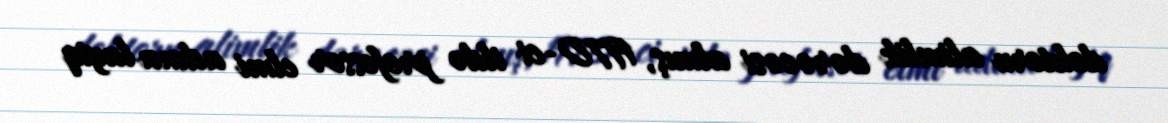
doktoru alimlik dərəcəsi almış, 1970-ci ildə professor elmi adına layiq